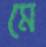
মে